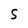
Character: S